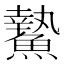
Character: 䲀